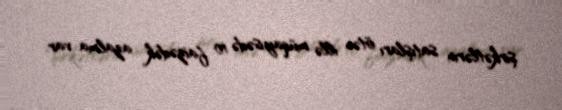
şirkətlərin satışları ötən illə müqayisədə 10 faizədək azalma var.